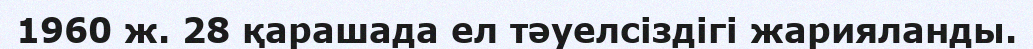
1960 ж. 28 қарашада ел тәуелсіздігі жарияланды.